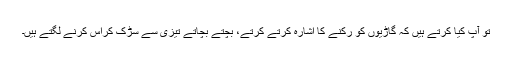
تو آپ کیا کرتے ہیں کہ گاڑیوں کو رکنے کا اشارہ کرتے کرتے، بچتے بچاتے تیزی سے سڑک کراس کرنے لگتے ہیں۔